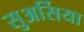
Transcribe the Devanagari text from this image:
सुअर्सिया